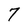
Character: 7